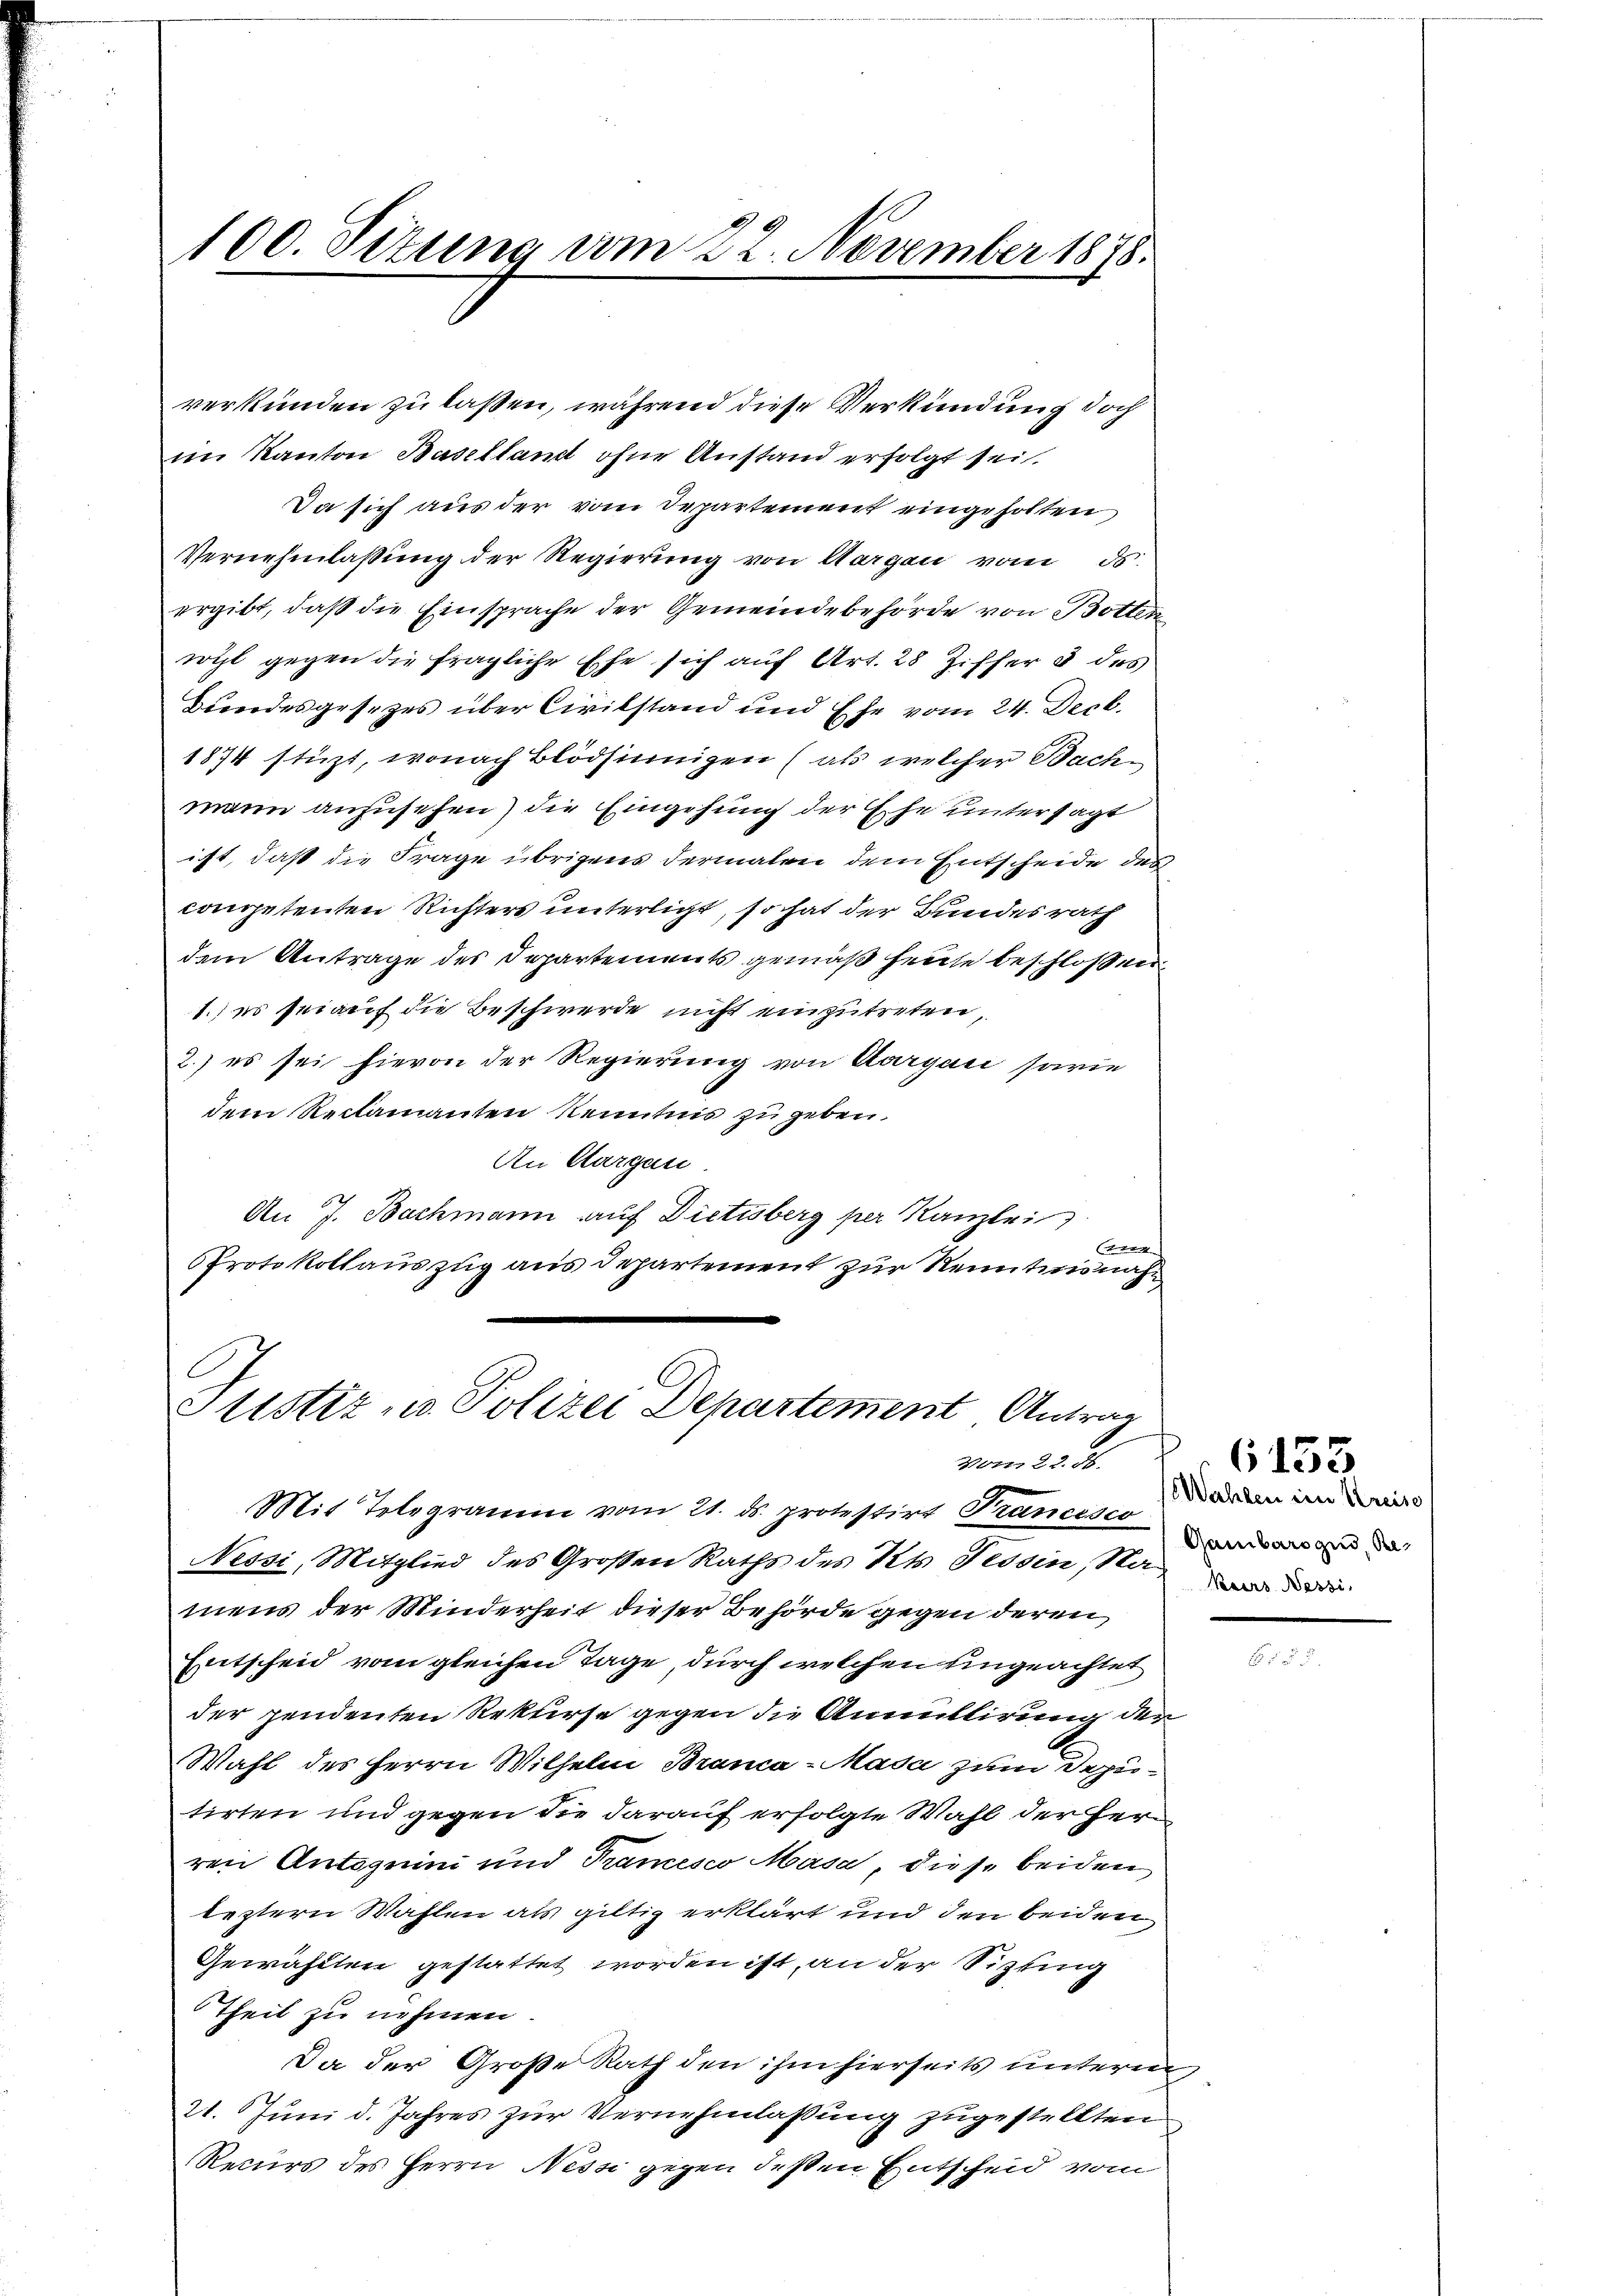
verkunden zu laßen, während diese Verkündung doch
im Kanton Baselland ohne Anstand erfolgt sei.
Da sich aus der vom Departement eingeholten
Vernehmlassung der Regierung von Aargau vom ds.
ergibt, daß die Einsprache der Gemeindebehörde von Botten
wohl gegen die fragliche Ehe sich auf Art. 28 Ziffer & des
Hundesgesetzes über Civilstand und Ehe vom 24. Decb.
1874 stüzt, wonach Blödsinnigen (als welcher Bachmann anzusehen) die Eingehung der Ehe untersagt
ist, daß die Frage übrigens dermalen dem Entscheide des
competenten Richters unterlicht, so hat der Bundesrath
dem Antrage des Departements gemäß heute beschlossen
1.) es sei auf die Beschwerde nicht einzutreten,
2.) es sei hievon der Regierung von Aargau sowie
dem Reclamanten Kenntnis zu geben.
An Aargau
An J. Bachmann auf Dietisberg per Kanzlei
4
Protokollauszug aus Departement zur Kenntnisnahe,

100. Sizung vom 22. November 1878.

Pustiz - Polizei Departement Antrag
vom 22. 36.

Mit Telegramm vom 21. ds. protestirt Francisco
Nessi, Mitglied des Großen Raths des Kts. Tessin, Namens der Minderheit dieser Behörde gegen deren
Entscheid vom gleichen Tage, durch welchen ungeachtet
der pendenten Rekurse gegen die Annullirung den
Wahl des Herrn Wilhelm Branca-Masa zum Deputirten und gegen die darauf erfolgte Wahl der Herren Antoguini und Trancesco Masa, diese beiden
leztern Wahlen als giltig erklärt und den beiden
Gewählten gestattet worden ist, an der Sitzking
Theil zu nehmen
Da der Große Rath den ihm hierseits unteren,
21. Juni d. Jahres zur Vernehmlassung zugestellten
Recurs des Herrn Nessi gegen deßen Entscheid vom

Wahlen im Kreise
Gambarozis, Re¬
Keirs Nessi

6133